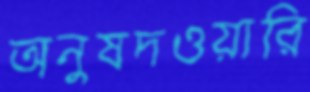
অনুষদওয়ারি